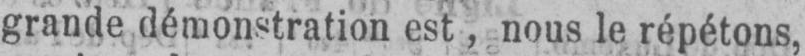
grande démonstration est, nous le répétons,